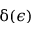
\updelta ( \epsilon )